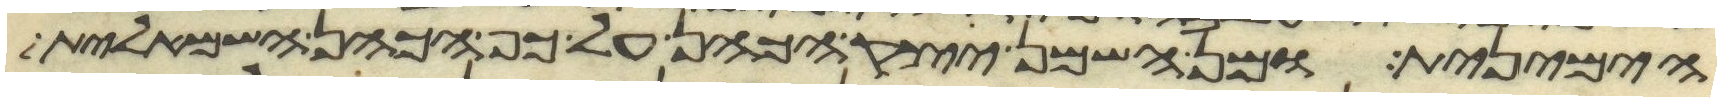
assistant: הימנית ומן השמן יצק הכהן על כף הכהן השמאלית